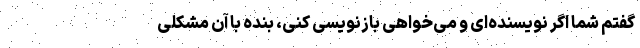
گفتم شما اگر نویسنده‌ای و می‌خواهی بازنویسی کنی، بنده با آن مشکلی